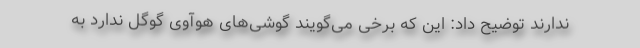
ندارند توضیح داد: این که برخی می‌گویند گوشی‌های هوآوی گوگل ندارد به